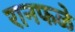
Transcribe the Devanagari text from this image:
रानफळे